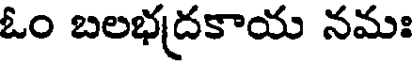
ఓం బలభద్రకాయ నమః